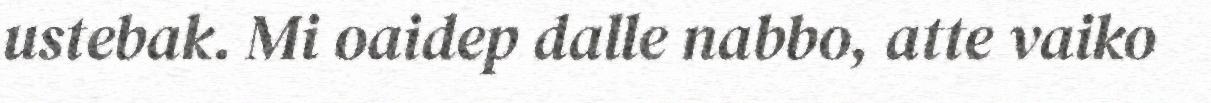
ustebak. Mi oaidep dalle nabbo, atte vaiko